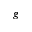
\boldsymbol g